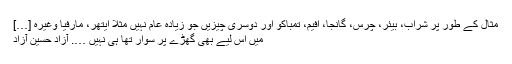
مثال کے طور پر شراب، بیئر، چرس، گانجا، افیم، تمباکو اور دوسری چیزیں جو زیادہ عام نہیں مثلاً ایتھر، مارفیا وغیرہ […]
میں اس لیے بھی گھڑے پر سوار تھا ہی نہیں …. آزاد حسین آزاد